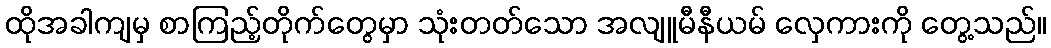
ထိုအခါကျမှ စာကြည့်တိုက်တွေမှာ သုံးတတ်သော အလျူမီနီယမ် လှေကားကို တွေ့သည်။